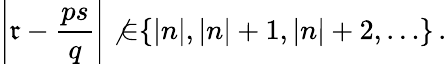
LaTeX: \left|\mathfrak{r}-\frac{{ps}}{{q}}\right|\not{\in}\{ |n|,|n|+1,|n|+2,\ldots\} \, .